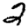
Digit: 2